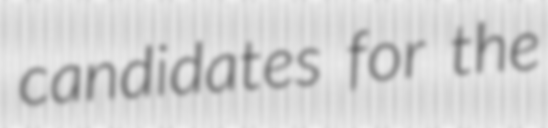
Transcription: candidates for the